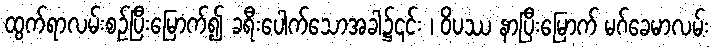
ထွက်ရာလမ်းစဉ်ပြီးမြောက်၍ ခရီးပေါက်သောအခါ၌၎င်း ၊ ဝိပဿ နာပြီးမြောက် မဂ်ခေမာလမ်း